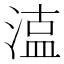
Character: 𭱦